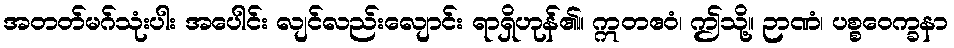
အတတ်မဂ်သုံးပါး အပေါင်း လျင်လည်းလျောင်း ရာရှိဟုန်၏။ ဣတဧဝံ၊ ဤသို့။ ဉာဏံ၊ ပစ္စဝေက္ခနာ